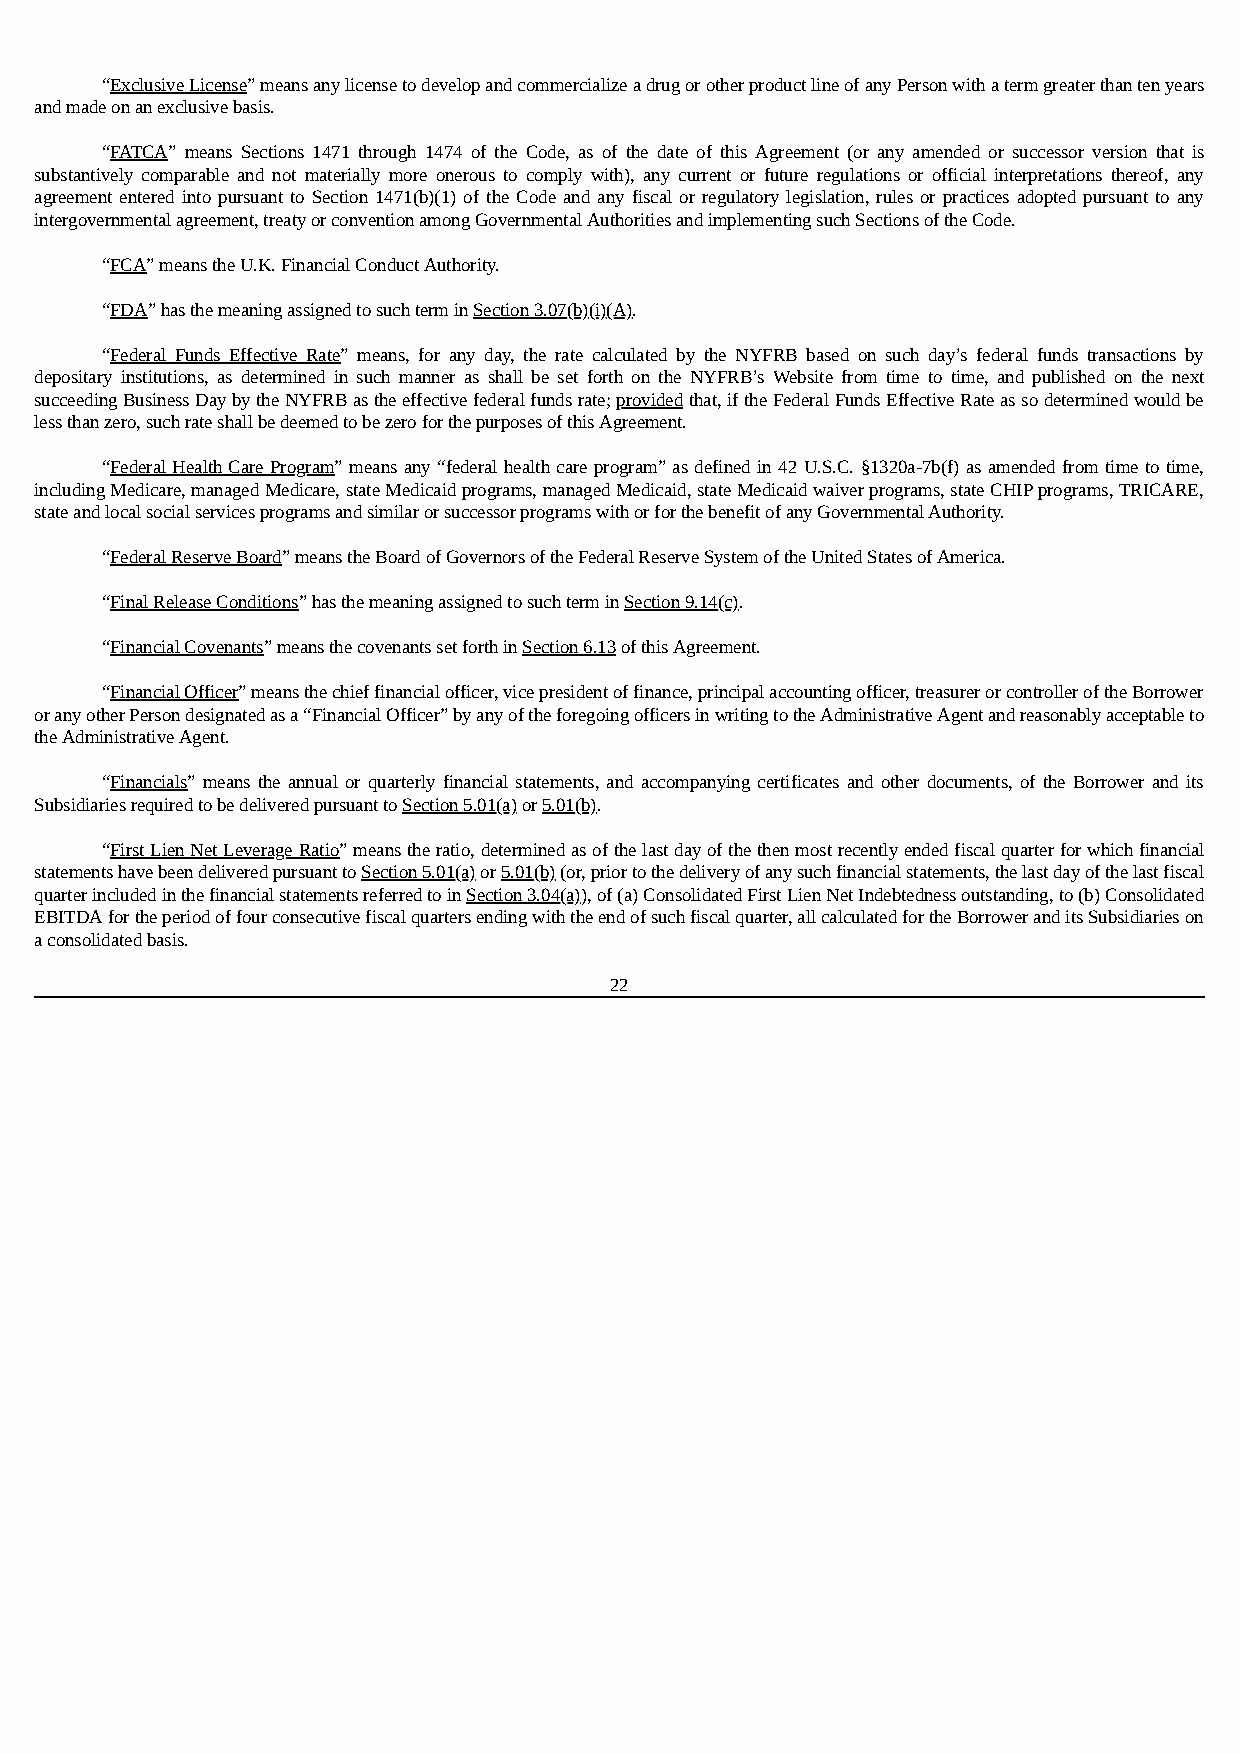
“Exclusive License” means any license to develop and commercialize a drug or other product line of any Person with a term greater than ten years
 and made on an exclusive basis.
 “FATCA” means Sections 1471 through 1474 of the Code, as of the date of this Agreement (or any amended or successor version that is
 substantively comparable and not materially more onerous to comply with), any current or future regulations or official interpretations thereof, any
 agreement entered into pursuant to Section 1471(b)(1) of the Code and any fiscal or regulatory legislation, rules or practices adopted pursuant to any
 intergovernmental agreement, treaty or convention among Governmental Authorities and implementing such Sections of the Code.
 “FCA” means the U.K. Financial Conduct Authority.
 “FDA” has the meaning assigned to such term in Section 3.07(b)(i)(A).
 “Federal Funds Effective Rate” means, for any day, the rate calculated by the NYFRB based on such day’s federal funds transactions by
 depositary institutions, as determined in such manner as shall be set forth on the NYFRB’s Website from time to time, and published on the next
 succeeding Business Day by the NYFRB as the effective federal funds rate; provided that, if the Federal Funds Effective Rate as so determined would be
 less than zero, such rate shall be deemed to be zero for the purposes of this Agreement.
 “Federal Health Care Program” means any “federal health care program” as defined in 42 U.S.C. §1320a-7b(f) as amended from time to time,
 including Medicare, managed Medicare, state Medicaid programs, managed Medicaid, state Medicaid waiver programs, state CHIP programs, TRICARE,
 state and local social services programs and similar or successor programs with or for the benefit of any Governmental Authority.
 “Federal Reserve Board” means the Board of Governors of the Federal Reserve System of the United States of America.
 “Final Release Conditions” has the meaning assigned to such term in Section 9.14(c).
 “Financial Covenants” means the covenants set forth in Section 6.13 of this Agreement.
 “Financial Officer” means the chief financial officer, vice president of finance, principal accounting officer, treasurer or controller of the Borrower
 or any other Person designated as a “Financial Officer” by any of the foregoing officers in writing to the Administrative Agent and reasonably acceptable to
 the Administrative Agent.
 “Financials” means the annual or quarterly financial statements, and accompanying certificates and other documents, of the Borrower and its
 Subsidiaries required to be delivered pursuant to Section 5.01(a) or 5.01(b).
 “First Lien Net Leverage Ratio” means the ratio, determined as of the last day of the then most recently ended fiscal quarter for which financial
 statements have been delivered pursuant to Section 5.01(a) or 5.01(b) (or, prior to the delivery of any such financial statements, the last day of the last fiscal
 quarter included in the financial statements referred to in Section 3.04(a)), of (a) Consolidated First Lien Net Indebtedness outstanding, to (b) Consolidated
 EBITDA for the period of four consecutive fiscal quarters ending with the end of such fiscal quarter, all calculated for the Borrower and its Subsidiaries on
 a consolidated basis.
 22